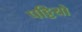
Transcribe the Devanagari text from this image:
पट्टियो